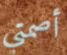
أصمتي